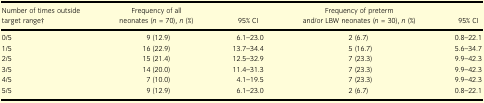
| Number of times outside target range† | Frequency of all neonates (n = 70), n (%) | 95% CI | Frequency of preterm and/or LBW neonates (n = 30), n (%) | 95% CI |
 | --- | --- | --- | --- | --- |
 | 0/5 | 9 (12.9) | 6.1–23.0 | 2 (6.7) | 0.8–22.1 |
 | 1/5 | 16 (22.9) | 13.7–34.4 | 5 (16.7) | 5.6–34.7 |
 | 2/5 | 15 (21.4) | 12.5–32.9 | 7 (23.3) | 9.9–42.3 |
 | 3/5 | 14 (20.0) | 11.4–31.3 | 7 (23.3) | 9.9–42.3 |
 | 4/5 | 7 (10.0) | 4.1–19.5 | 7 (23.3) | 9.9–42.3 |
 | 5/5 | 9 (12.9) | 6.1–23.0 | 2 (6.7) | 0.8–22.1 |